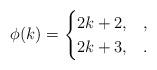
LaTeX: \begin{align*}\phi(k) = \begin{cases} 2k+2, &,\cr 2k+3, &.\cr\end{cases}\end{align*}